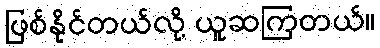
ဖြစ်နိုင်တယ်လို့ ယူဆကြတယ်။